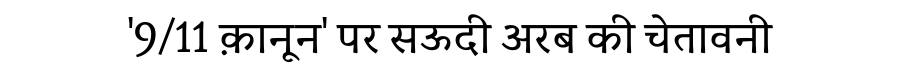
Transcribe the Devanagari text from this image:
'9/11 क़ानून' पर सऊदी अरब की चेतावनी